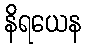
နိရယေန